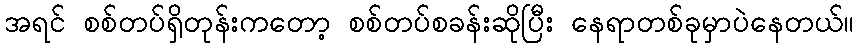
အရင် စစ်တပ်ရှိတုန်းကတော့ စစ်တပ်စခန်းဆိုပြီး နေရာတစ်ခုမှာပဲနေတယ်။